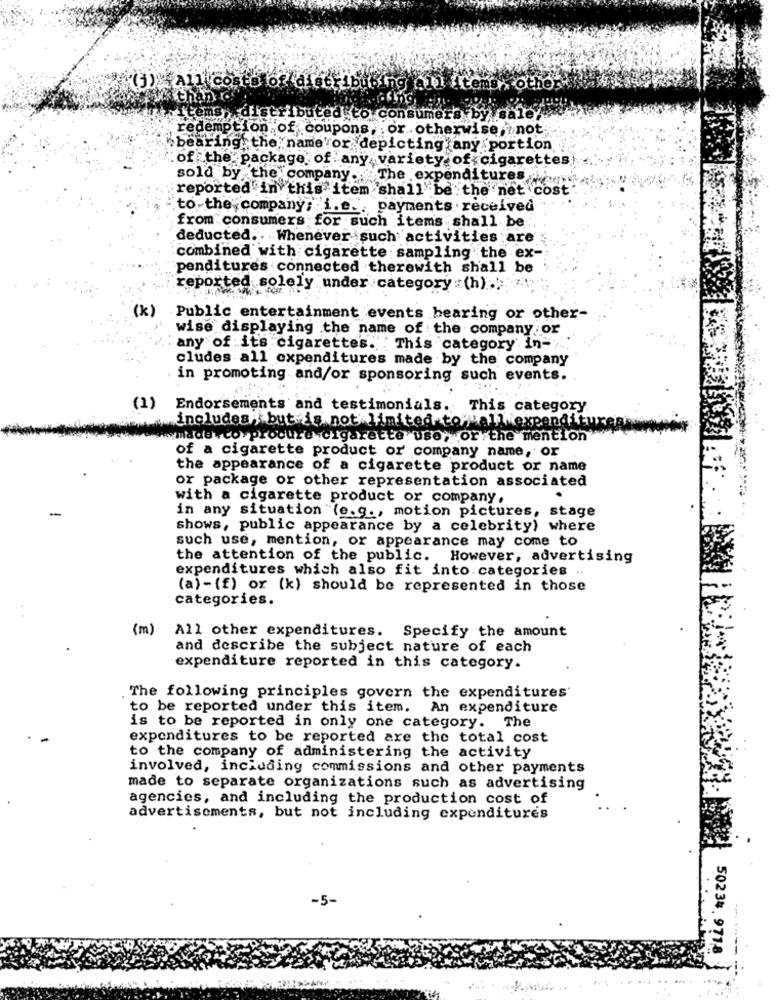
(3)All conto of dire bubing en iceman other
itemsy da
distributed to consumers by sale
redemption of coupons, or otherwise not
bbearing the nameror depicting any portion
: of the package of any variety of cigarettes
sold by the company.The expenditures
reported in this item shall be the net cost'
to the company; i.e ., payments received
from consumers for such items shall be
deducted .. Whenever such activities are
combined with cigarette sampling the ex-
penditures connected therewith shall be
reported solely under category :(h) ...
(k) Public entertainment events bearing or other-
wise displaying the name of the company or
any of its cigarettes. This category in-
cludes all expenditures made by the company
. in promoting and/or sponsoring such events.
(1) Endorsements and testimonials. This category
includes, but is not limited to all expendiity
made .co.procure cigarette use, or the mention
of a cigarette product or company name, or
the appearance of a cigarette product or name
or package or other representation associated
with a cigarette product or company,
-
in any situation (e.g ., motion pictures, stage
shows, public appearance by a celebrity) where
such use, mention, or appearance may come to
the attention of the public. However, advertising
expenditures which also fit into. categories ..
(a) - (f) or (k) should be represented in those
categories.
(m)
All other expenditures. Specify the amount
and describe the subject nature of each
expenditure reported in this category.
The following principles govern the expenditures
to be reported under this item. An expenditure
is to be reported in only one category. The
expenditures to be reported are the total cost
to the company of administering the activity
involved, including commissions and other payments
made to separate organizations such as advertising
agencies, and including the production cost of
advertisements, but not including expenditures
-5-
50234 9718
-------